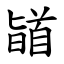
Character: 䭫